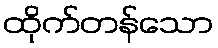
ထိုက်တန်သော